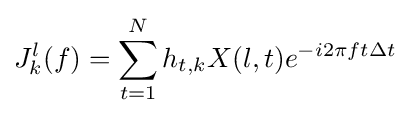
J_{k}^{l}(f)=\sum _{t=1}^{N}h_{t,k}X(l,t)e^{-i2\pi ft\Delta t}